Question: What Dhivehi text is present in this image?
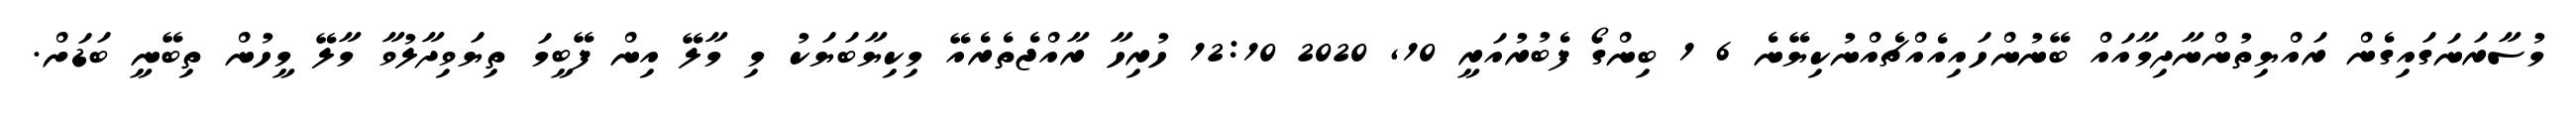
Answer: މުސާރަނަގައިގެން ރައްޔިތުންނާދިމާއައް ބޭނުންހައިއެއްޗެއްނުކިޔޭނެ 6 1 ބިންގޯ ފެބުރުއަރީ 10, 2020 12:10 ހުރިހާ ރާއްޖެތެރެއޭ މިކިޔާބަޔަކު މި މާލޭ އިން ފޭބީމަ ތިޔަވިދާލުވާ މާލޭ މީހުން ތިބޭނީ ބަޑަށް.